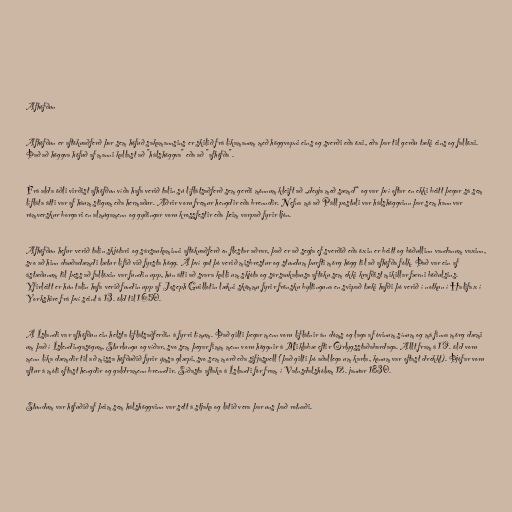
Afhöfðun

Afhöfðun er aftökuaðferð þar sem höfuð sakamannsins er skilið frá líkamanum með höggvopni eins og sverði eða öxi, eða þar til gerðu tæki eins og fallöxi.
Það að höggva höfuð af manni kallast að "hálshöggva" eða að "afhöfða".

Frá alda öðli virðist afhöfðun víða hafa verið talin sú líflátsaðferð sem gerði mönnum kleift að „deyja með sæmd“ og var því oftar en ekki beitt þegar sá sem
lífláta átti var af háum stigum eða hermaður. Aðrir voru fremur hengdir eða brenndir. Nefna má að Páll postuli var hálshöggvinn þar sem hann var
rómverskur borgari en almúgamenn og gyðingar voru krossfestir eða þeim varpað fyrir ljón.

Afhöfðun hefur verið talin skjótari og sársaukaminni aftökuaðferð en flestar aðrar, það er að segja ef sverðið eða öxin er beitt og böðullinn vandanum vaxinn,
svo að hinn dauðadæmdi lætur lífið við fyrsta högg. Á því gat þó verið misbrestur og stundum þurfti mörg högg til að afhöfða fólk. Það var ein af
ástæðunum til þess að fallöxin var fundin upp, hún átti að svara kalli um skjóta og sársaukalausa aftöku sem ekki krafðist mikillar færni böðulsins.
Yfirleitt er hún talin hafa verið fundin upp af Joseph Guillotin lækni skömmu fyrir frönsku byltinguna en svipað tæki hafði þó verið í notkun í Halifax í
Yorkshire frá því seint á 13. öld til 1650.

Á Íslandi var afhöfðun ein helsta líflátsaðferðin á fyrri tímum. Það gilti þegar menn voru líflátnir án dóms og laga af óvinum sínum og má finna mörg dæmi
um það í Íslendingasögum, Sturlungu og víðar, svo sem þegar fimm menn voru höggnir á Miklabæ eftir Örlygsstaðabardaga. Allt fram á 19. öld voru
menn líka dæmdir til að missa höfðuðið fyrir ýmsa glæpi, svo sem morð eða sifjaspell (það gilti þó aðallega um karla, konum var oftast drekkt). Þjófar voru
aftur á móti oftast hengdir og galdramenn brenndir. Síðasta aftaka á Íslandi fór fram í Vatnsdalshólum 12. janúar 1830.

Stundum var höfuðið af þeim sem hálshöggvinn var sett á stjaka og látið vera þar uns það rotnaði.